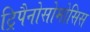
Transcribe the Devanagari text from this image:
ट्रिपैनोसोमोसिस